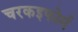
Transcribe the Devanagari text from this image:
चरकइफोर्म